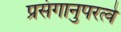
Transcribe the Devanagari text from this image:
प्रसंगानुपरत्वे